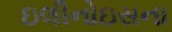
ઇલીનોઇસના